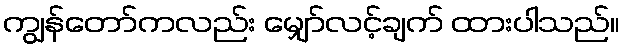
ကျွန်တော်ကလည်း မျှော်လင့်ချက် ထားပါသည်။